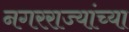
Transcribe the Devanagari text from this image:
नगरराज्यांच्या